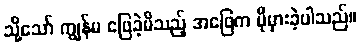
သို့သော် ကျွန်မ ဖြေခဲ့မိသည့် အဖြေက ပိုမှားခဲ့ပါသည်။